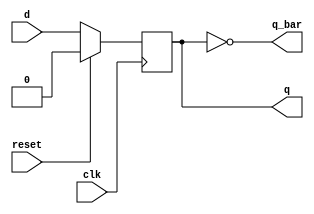
module Dff_B(q, q_bar, d, reset, clk);

output q, q_bar;
reg q;

input reset, d, clk;

assign q_bar = ~q;

always@(posedge clk)
begin
if(reset)begin
	q = 0;
end
else begin
	q = d;
end
end
endmodule